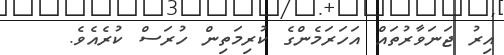
އިރު ޖަނަވާރުތައް އަހަރަމެންގެ ކުރިމަތިން ހުރަސް ކުރެއެވެ.